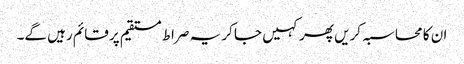
ان کا محاسبہ کریں پھر کہیں جا کر یہ صراط مستقیم پر قائم رہیں گے۔